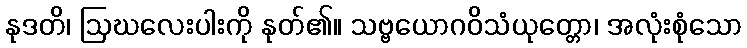
နုဒတိ၊ ဩဃလေးပါးကို နုတ်၏။ သဗ္ဗယောဂဝိသံယုတ္တော၊ အလုံးစုံသော